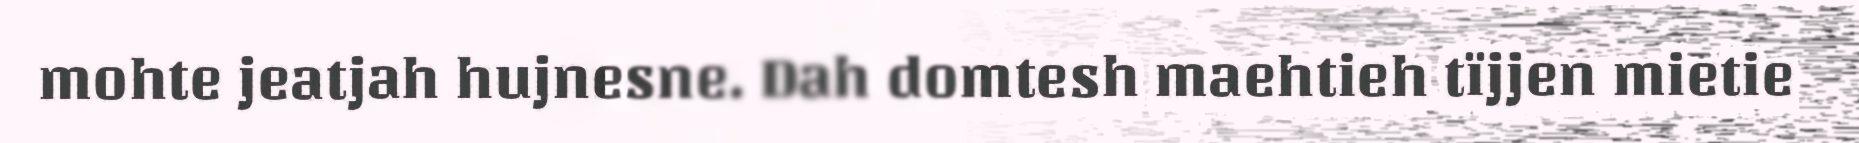
mohte jeatjah hujnesne. Dah domtesh maehtieh tïjjen mietie